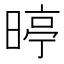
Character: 𮲥